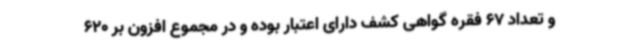
و تعداد 67 فقره گواهی کشف دارای اعتبار بوده و در مجموع افزون بر 620